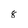
Character: 8